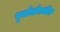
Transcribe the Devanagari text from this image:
पूर्वार्धामधील